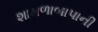
શામળાબાપાની